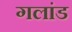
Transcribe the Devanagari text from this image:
गलांड